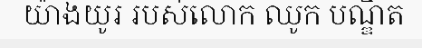
យ៉ាងយូរ របស់លោក ឈូក បណ្ឌិត